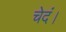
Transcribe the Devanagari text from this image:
चेदं।